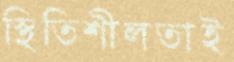
স্থিতিশীলতাই